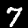
Digit: 7